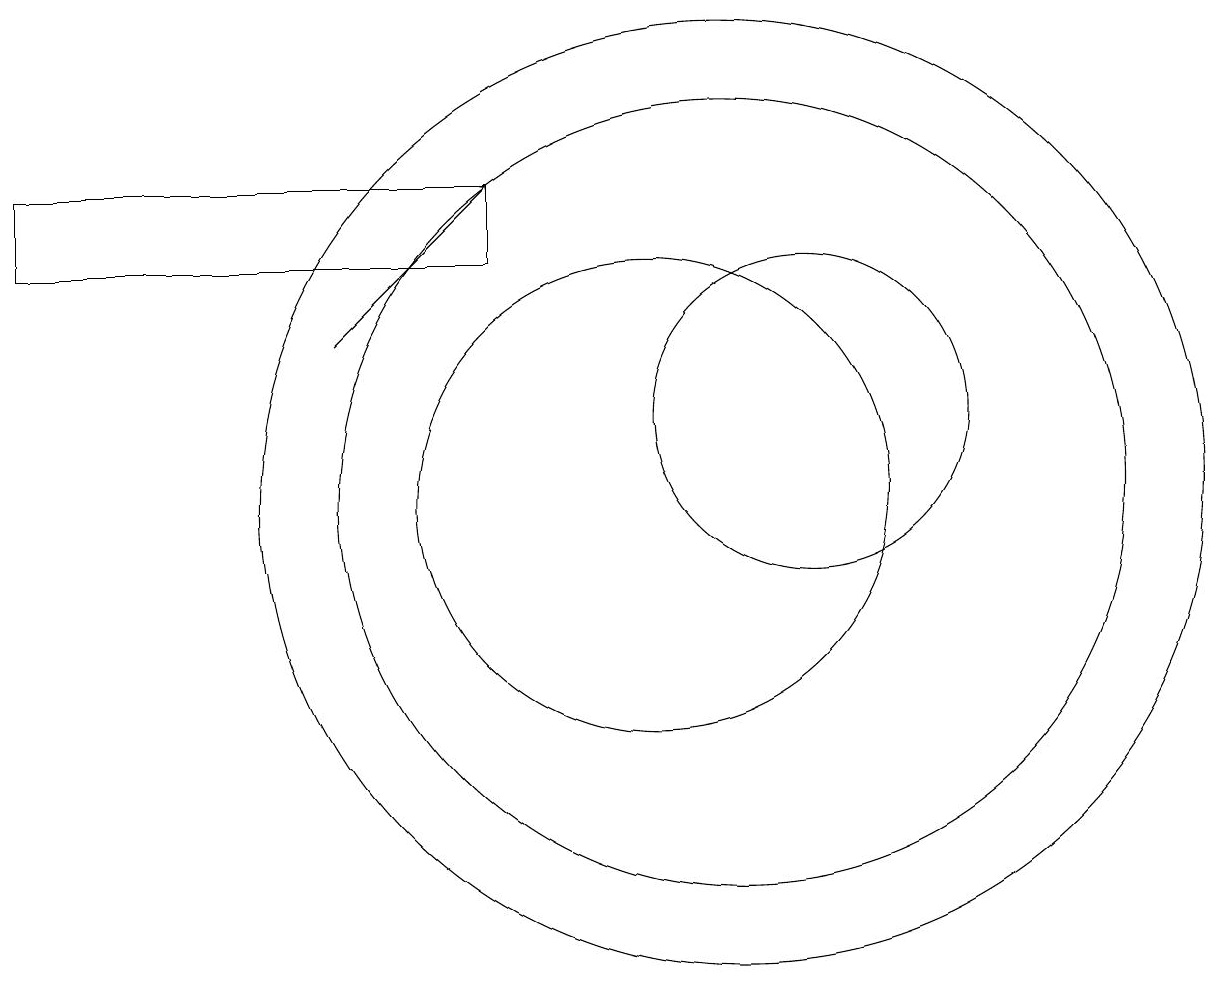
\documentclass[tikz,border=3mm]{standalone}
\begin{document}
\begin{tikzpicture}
\draw[->] (6,12) -- (8,14);
\draw (12,11) circle (2);
\draw (8,13) rectangle (2,14);
\draw (10,10) circle (3);
\draw (11,10) circle (6);
\draw (11,10) circle (5);
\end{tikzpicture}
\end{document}